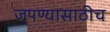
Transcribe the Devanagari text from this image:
जपण्यासाठीच